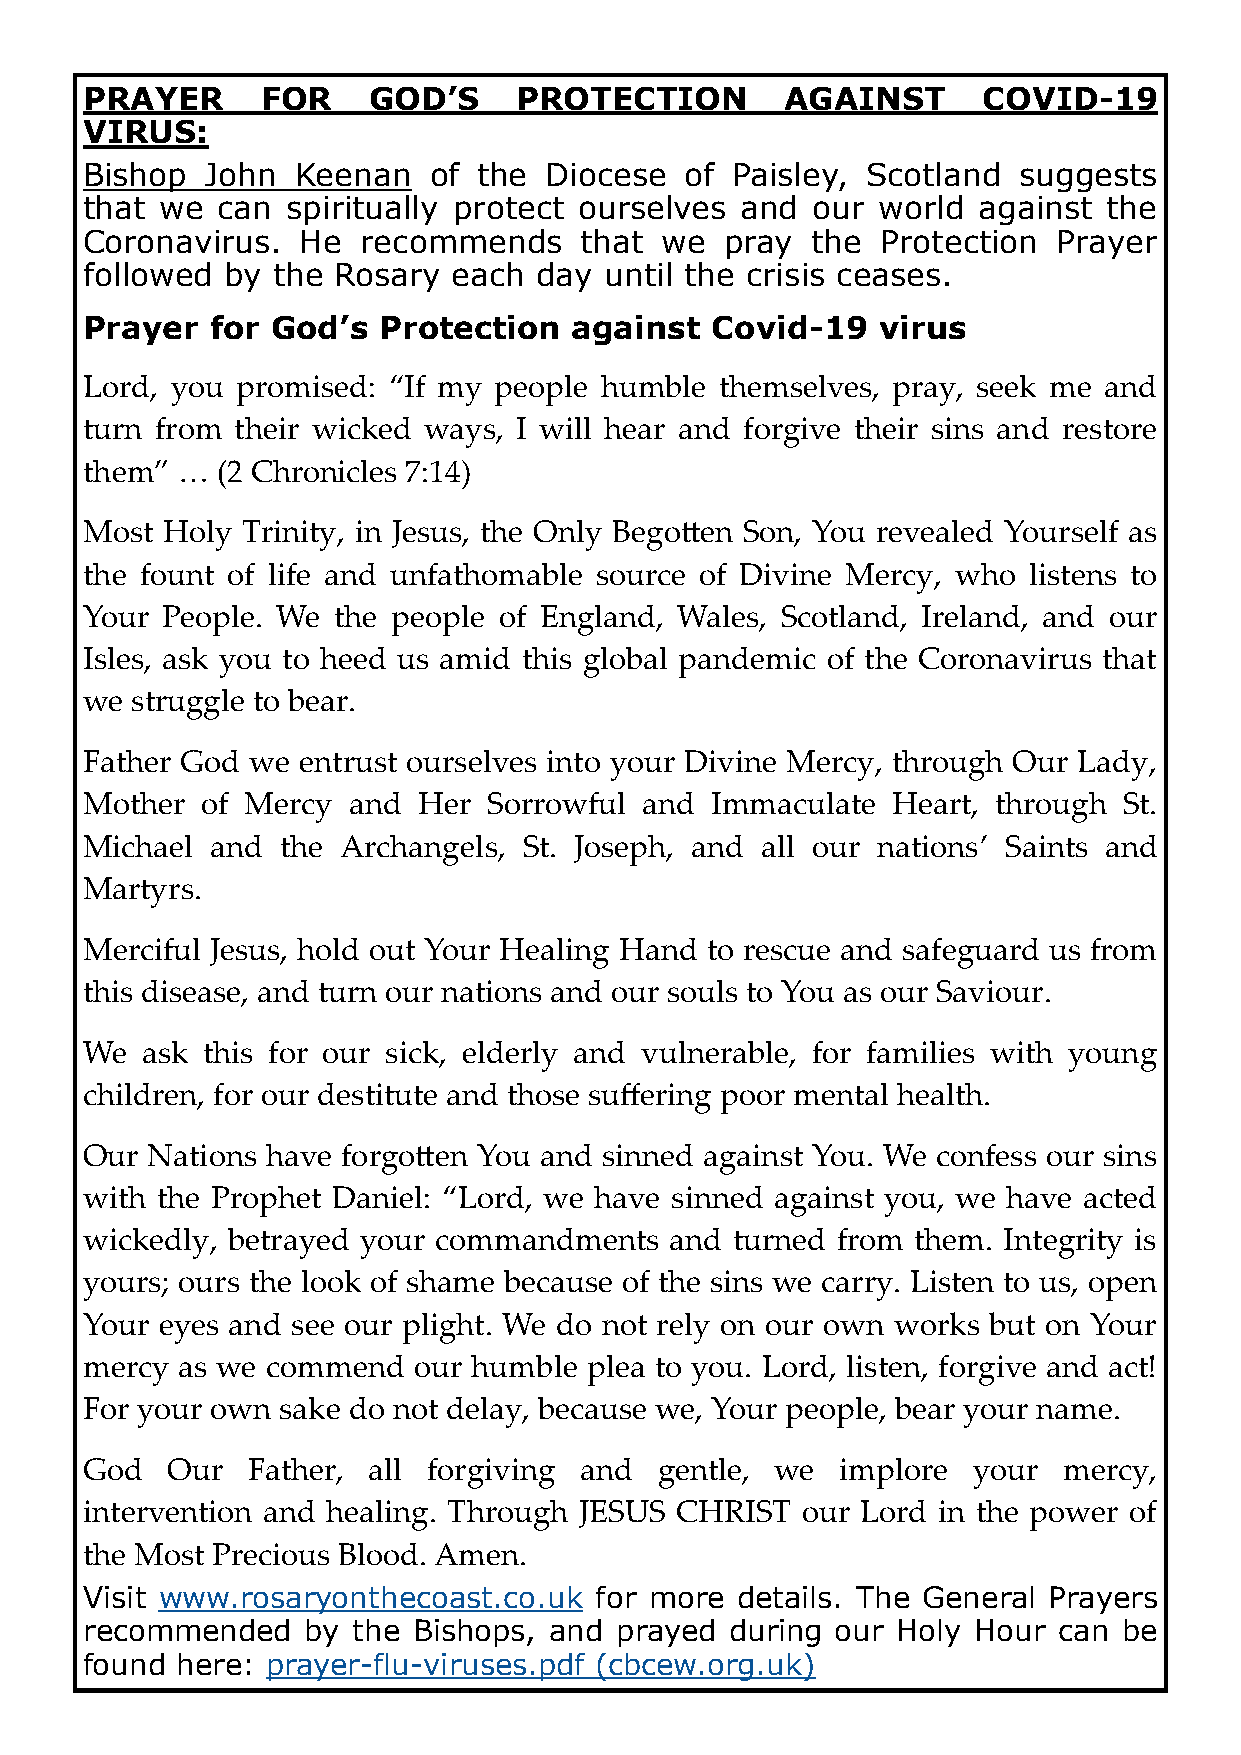
PRAYER      FOR    GOD’S     PROTECTION        AGAINST      COVID-19
 VIRUS:
 Bishop   John  Keenan  of  the Diocese  of Paisley, Scotland  suggests
 that  we can  spiritually protect ourselves and  our world  against the
 Coronavirus.   He  recommends    that  we  pray  the Protection  Prayer
 followed  by the Rosary  each  day until the crisis ceases.
 Prayer   for God’s  Protection   against  Covid-19   virus
 Lord, you  promised: “If my people humble  themselves, pray, seek me and
 turn from  their wicked ways, I will hear and forgive their sins and restore
 them”  … (2 Chronicles 7:14)
 Most  Holy Trinity, in Jesus, the Only Begotten Son, You revealed Yourself as
 the fount of life and unfathomable source of Divine Mercy, who listens to
 Your  People. We the people of England, Wales, Scotland, Ireland, and our
 Isles, ask you to heed us amid this global pandemic of the Coronavirus that
 we  struggle to bear.
 Father God  we entrust ourselves into your Divine Mercy, through Our Lady,
 Mother  of Mercy  and  Her Sorrowful  and Immaculate  Heart, through St.
 Michael  and  the Archangels, St. Joseph, and all our nations’ Saints and
 Martyrs.
 Merciful Jesus, hold out Your Healing Hand to rescue and safeguard us from
 this disease, and turn our nations and our souls to You as our Saviour.
 We  ask this for our sick, elderly and vulnerable, for families with young
 children, for our destitute and those suffering poor mental health.
 Our  Nations have forgotten You and sinned against You. We confess our sins
 with the Prophet Daniel: “Lord, we have sinned against you, we have acted
 wickedly, betrayed your commandments   and turned from  them. Integrity is
 yours; ours the look of shame because of the sins we carry. Listen to us, open
 Your  eyes and see our plight. We do not rely on our own works but on Your
 mercy  as we commend  our humble  plea to you. Lord, listen, forgive and act!
 For your own  sake do not delay, because we, Your people, bear your name.
 God   Our  Father, all forgiving and   gentle, we  implore your  mercy,
 intervention and healing. Through JESUS CHRIST  our Lord in the power of
 the Most Precious Blood. Amen.
 Visit www.rosaryonthecoast.co.uk  for more  details. The General Prayers
 recommended    by the Bishops, and  prayed during our Holy Hour  can be
 found  here: prayer-flu-viruses.pdf (cbcew.org.uk)